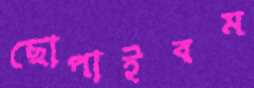
ছোপাইবম